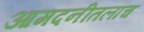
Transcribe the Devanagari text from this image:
आमदनीतलाच